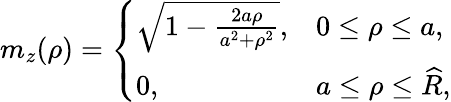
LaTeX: \begin{array}{r}{m_{z}(\rho)=\left\{ \begin{array}{ll}{\sqrt{1-\frac{2a\rho}{a^{2}+\rho^{2}}},}&{0\leq\rho\leq a,}\\ {0,}&{a\leq\rho\leq\widehat{R},}\end{array}\right.}\end{array}